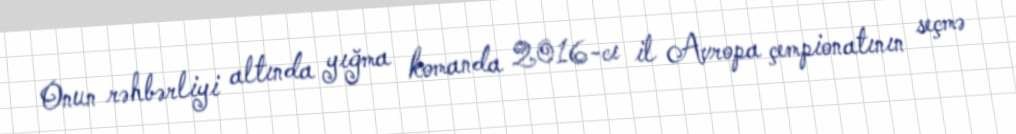
Onun rəhbərliyi altında yığma komanda 2016-cı il Avropa çempionatının seçmə